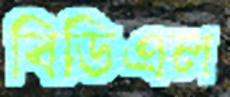
বিডিএল